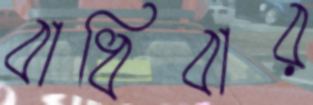
বাধিবার